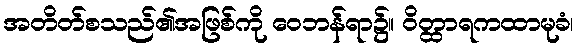
အတိတ်စသည်၏အဖြစ်ကို ဝေဘန်ရာ၌။ ဝိတ္ထာရကထာမုခံ၊